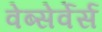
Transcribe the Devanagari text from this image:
वेब्सेर्वेर्स